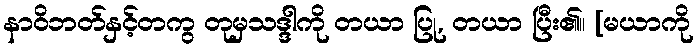
နာဝိဘတ်နှင့်တကွ တုမှသဒ္ဒါကို တယာ ပြု, တယာ ပြီး၏။ [မယာကို